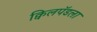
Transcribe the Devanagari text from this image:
क्विलपॅडला